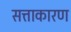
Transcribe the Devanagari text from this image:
सत्ताकारण